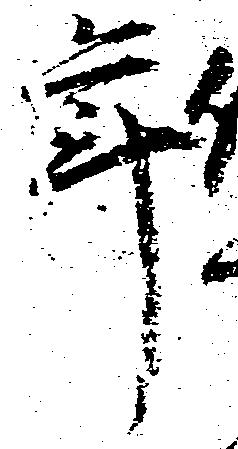
年